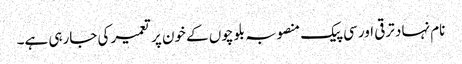
نام نہاد ترقی اور سی پیک منصوبہ بلوچوں کے خون پر تعمیر کی جارہی ہے۔